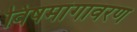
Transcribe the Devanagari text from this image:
विषमांगावरण